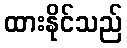
ထားနိုင်သည်